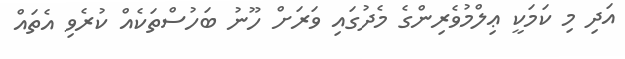
އަދި މި ކަމަކީ ޢިލްމުވެރިންގެ މެދުގައި ވަރަށް ހޫނު ބަހުސްތަކެއް ކުރެވި އެތައް